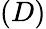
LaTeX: (D)